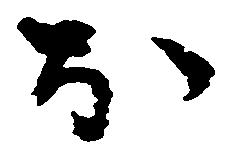
お